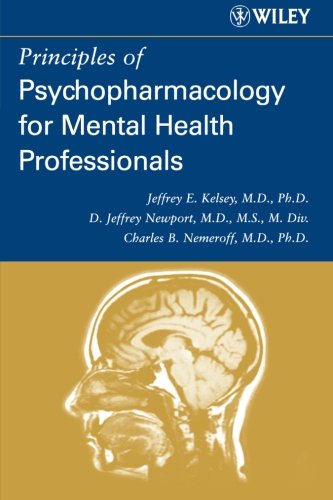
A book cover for Principles of Psychopharmacology for Mental Health Professionals; Jeffrey E. Kelsey; Medical Books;